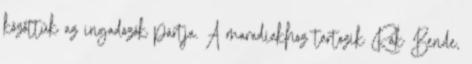
közöttük az ingadozók pártja. A maradiakhoz tartozik Rák Bende,